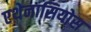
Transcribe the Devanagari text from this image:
एथेनासियोस